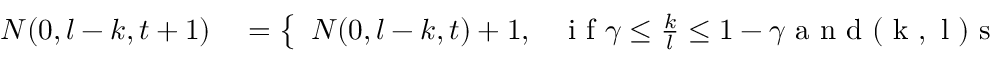
\begin{array} { r l } { N ( 0 , l - k , t + 1 ) } & { { } = \left\{ \begin{array} { l l } { N ( 0 , l - k , t ) + 1 , } & { \mathrm { ~ i ~ f ~ } \gamma \leq \frac { k } { l } \leq 1 - \gamma \mathrm { ~ a ~ n ~ d ~ ( ~ k ~ , ~ l ~ ) ~ s ~ e ~ l ~ e ~ c ~ t ~ e ~ d ~ } \ } \end{array} \right. } \end{array}